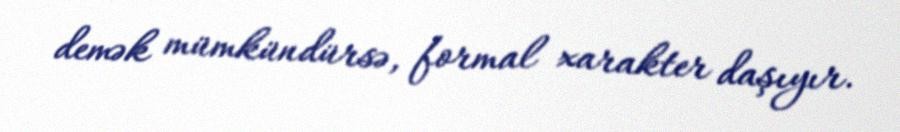
demək mümkündürsə, formal xarakter daşıyır.